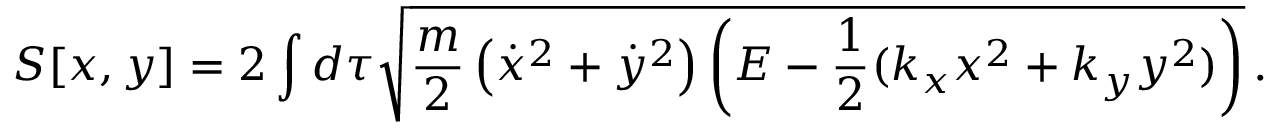
S [ x , y ] = 2 \int d \tau \sqrt { \frac { m } { 2 } \left( \dot { x } ^ { 2 } + \dot { y } ^ { 2 } \right) \left( E - \frac { 1 } { 2 } ( k _ { x } x ^ { 2 } + k _ { y } y ^ { 2 } ) \right) } \, .